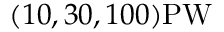
( 1 0 , 3 0 , 1 0 0 ) \mathrm { P W }